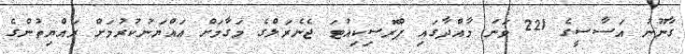
ގާނޫނު އަސާސީގެ 221 ވަނަ މާއްދާގައި ޕްރޮސިކިއުޓަ ޖެނެރަލްގެ މަގާމަށް އައްޔަނުކުރުމަށް ރައްޔިތުންގެ